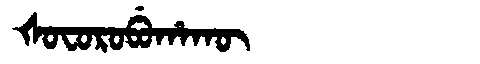
Manchu: ᡧᠣᠸᠣᡵᠣᠪᡠᡥᠠᡴᡡ
Romanization: ŠOFOROBUHAKŪ